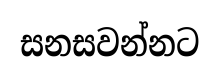
සනසවන්නට